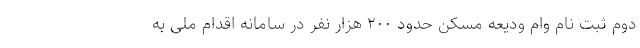
دوم ثبت نام وام ودیعه مسکن حدود ۲۰۰ هزار نفر در سامانه اقدام ملی به